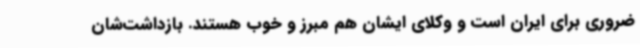
ضروری برای ایران است و وکلای ایشان هم مبرز و خوب هستند. بازداشت‌شان